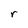
Character: r